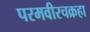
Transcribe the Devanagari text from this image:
परमवीरचक्रहा